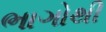
ભાગોથી